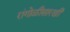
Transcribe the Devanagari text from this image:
रांगोळीसारखी